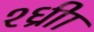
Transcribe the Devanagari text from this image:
श्ध्रीा